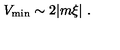
V _ { \mathrm { m i n } } \sim 2 | m \xi | \ .